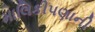
માલિકીપણાની